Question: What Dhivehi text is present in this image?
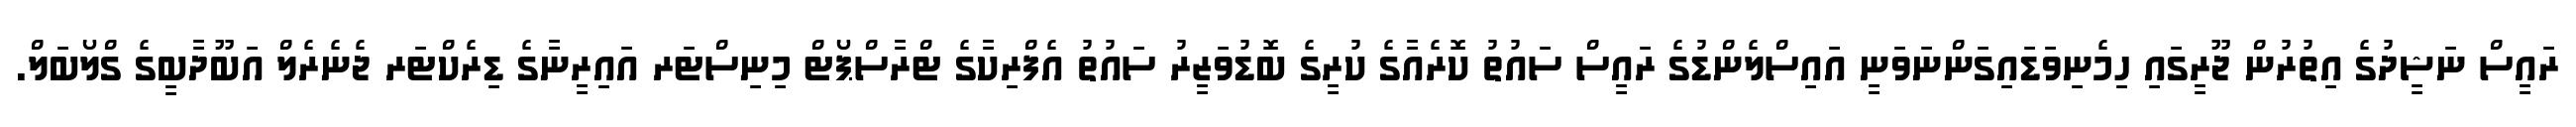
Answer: ރައީސް ނަޝީދުގެ އިތުރުން ޖޫރީގައި ހިމެނިވަޑައިގަންނަވަނީ އައިސްލެންޑުގެ ރައީސް ސައުތު ކޮރެއާގެ ކުރީގެ ބޮޑުވަޒީރު ސައުތު އެފްރިކާގެ ޓްރާސްޕޯޓް މިނިސްޓަރ އައިރީނާގެ ޑިރެކްޓަރ ޖެނެރެލް އަބޫދާބީގެ ގްލޯބަލް.